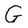
Character: G